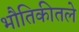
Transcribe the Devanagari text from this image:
भौतिकीतले